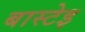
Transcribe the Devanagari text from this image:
बास्टेइ